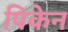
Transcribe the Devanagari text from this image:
पिकेन